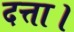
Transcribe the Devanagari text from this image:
दत्ता।